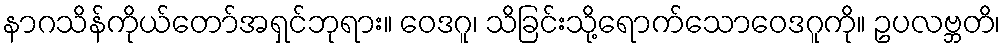
နာဂသိန်ကိုယ်တော်အရှင်ဘုရား။ ဝေဒဂူ၊ သိခြင်းသို့ရောက်သောဝေဒဂူကို။ ဥပလဗ္ဘတိ၊